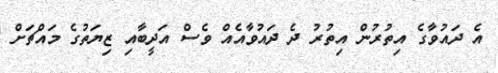
އެ ދައުވާގެ އިތުރުން އިތުރު ދެ ދައުވާއެއް ވެސް އަދީބާއި ޒިޔަތުގެ މައްޗަށް